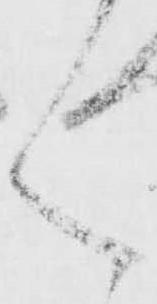
く